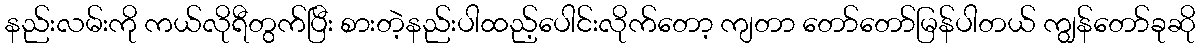
နည်းလမ်းကို ကယ်လိုရီတွက်ပြီး စားတဲ့နည်းပါထည့်ပေါင်းလိုက်တော့ ကျတာ တော်တော်မြန်ပါတယ် ကျွန်တော်ခုဆို